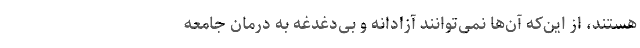
هستند، از این‌که آن‌ها نمی‌توانند آزادانه و بی‌دغدغه به درمان جامعه